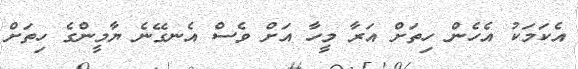
އެކަމަކު އެހެން ހިތަށް އަރާ މީހާ އަށް ވެސް އެނގޭނެ ޔާމީންގެ ހިތަށް